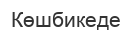
Көшбикеде